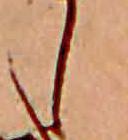
し